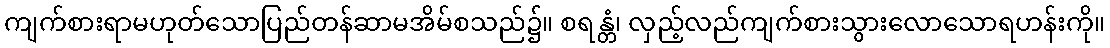
ကျက်စားရာမဟုတ်သောပြည်တန်ဆာမအိမ်စသည်၌။ စရန္တံ၊ လှည့်လည်ကျက်စားသွားလောသောရဟန်းကို။